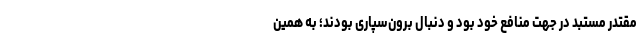
مقتدر مستبد در جهت منافع خود بود و دنبال برون‌سپاری بودند؛ به همین